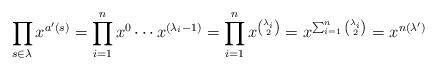
LaTeX: \begin{align*}\prod_{s\in \lambda} x^{a'(s)} = \prod_{i=1}^n x^{0} \cdots x^{(\lambda_i - 1)} = \prod_{i=1}^n x^{\binom{\lambda_i}{2}} = x^{\sum_{i=1}^n \binom{\lambda_i}{2}}= x^{n(\lambda')}\end{align*}